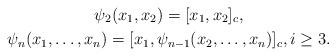
LaTeX: \begin{gather*}\psi_2(x_1,x_2)=[x_1,x_2]_c,\\\psi_n(x_1,\dots,x_n)=[x_1,\psi_{n-1}(x_2,\dots,x_n)]_c, i\geq 3.\end{gather*}